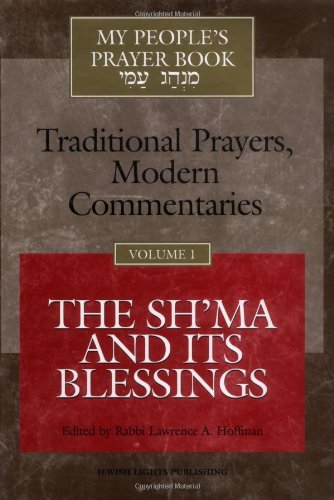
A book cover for My People's Prayer Book, Vol. 1: TraditionalPrayers, Modern Commentaries--The Sh'ma and Its Blessings; Rabbi Lawrence A. Hoffman; Religion & Spirituality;